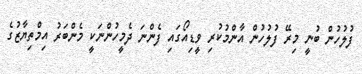
ފުލުހުން ބުނީ މިރޭ ފުލުހުން އާންމުކުރި ވީޑިއޯގައި ފެންނަ ދެމީހުންނަކީ މެންބަރު އިމްތިޔާޒުގެ